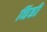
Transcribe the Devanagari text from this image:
धिंडी